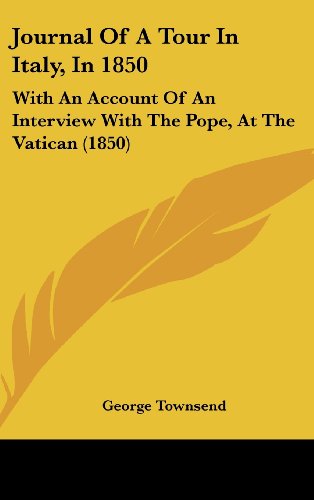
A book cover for Journal Of A Tour In Italy, In 1850: With An Account Of An Interview With The Pope, At The Vatican (1850); George Townsend; Travel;